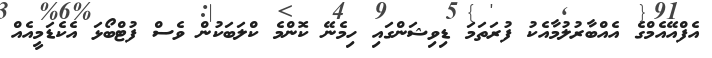
އެފްއޭއެމްގެ އެއްބާރުލުމާއެކު ފުރަތަމަ ޑިވިޝަންގައި ހިމެނޭ ކޮންމެ ކްލަބަކުން ވެސް ފުޓްބޯޅަ އެކެޑަމީއެއް